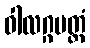
ဝါလဂ္ဂမတ္တံ